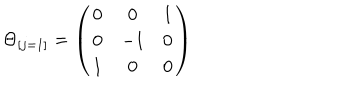
LaTeX: \Theta _ { [ j = 1 ] } = \left( \begin{matrix} { { 0 } } & { { 0 } } & { { 1 } } \\ { { 0 } } & { { - 1 } } & { { 0 } } \\ { { 1 } } & { { 0 } } & { { 0 } } \\ \end{matrix} \right)